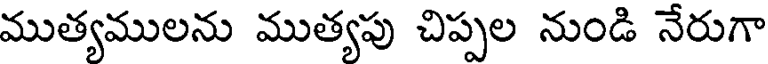
ముత్యములను ముత్యపు చిప్పల నుండి నేరుగా